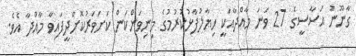
ގާނޫނު އަސާސީގެ 27 ވަނަ މާއްދާއަކީ ހިޔާލުފާޅުކުރުމުގެ މިނިވަންކަން ކަށަވަރުކޮށްދީފައިވާ މާއްދާ އެވެ.